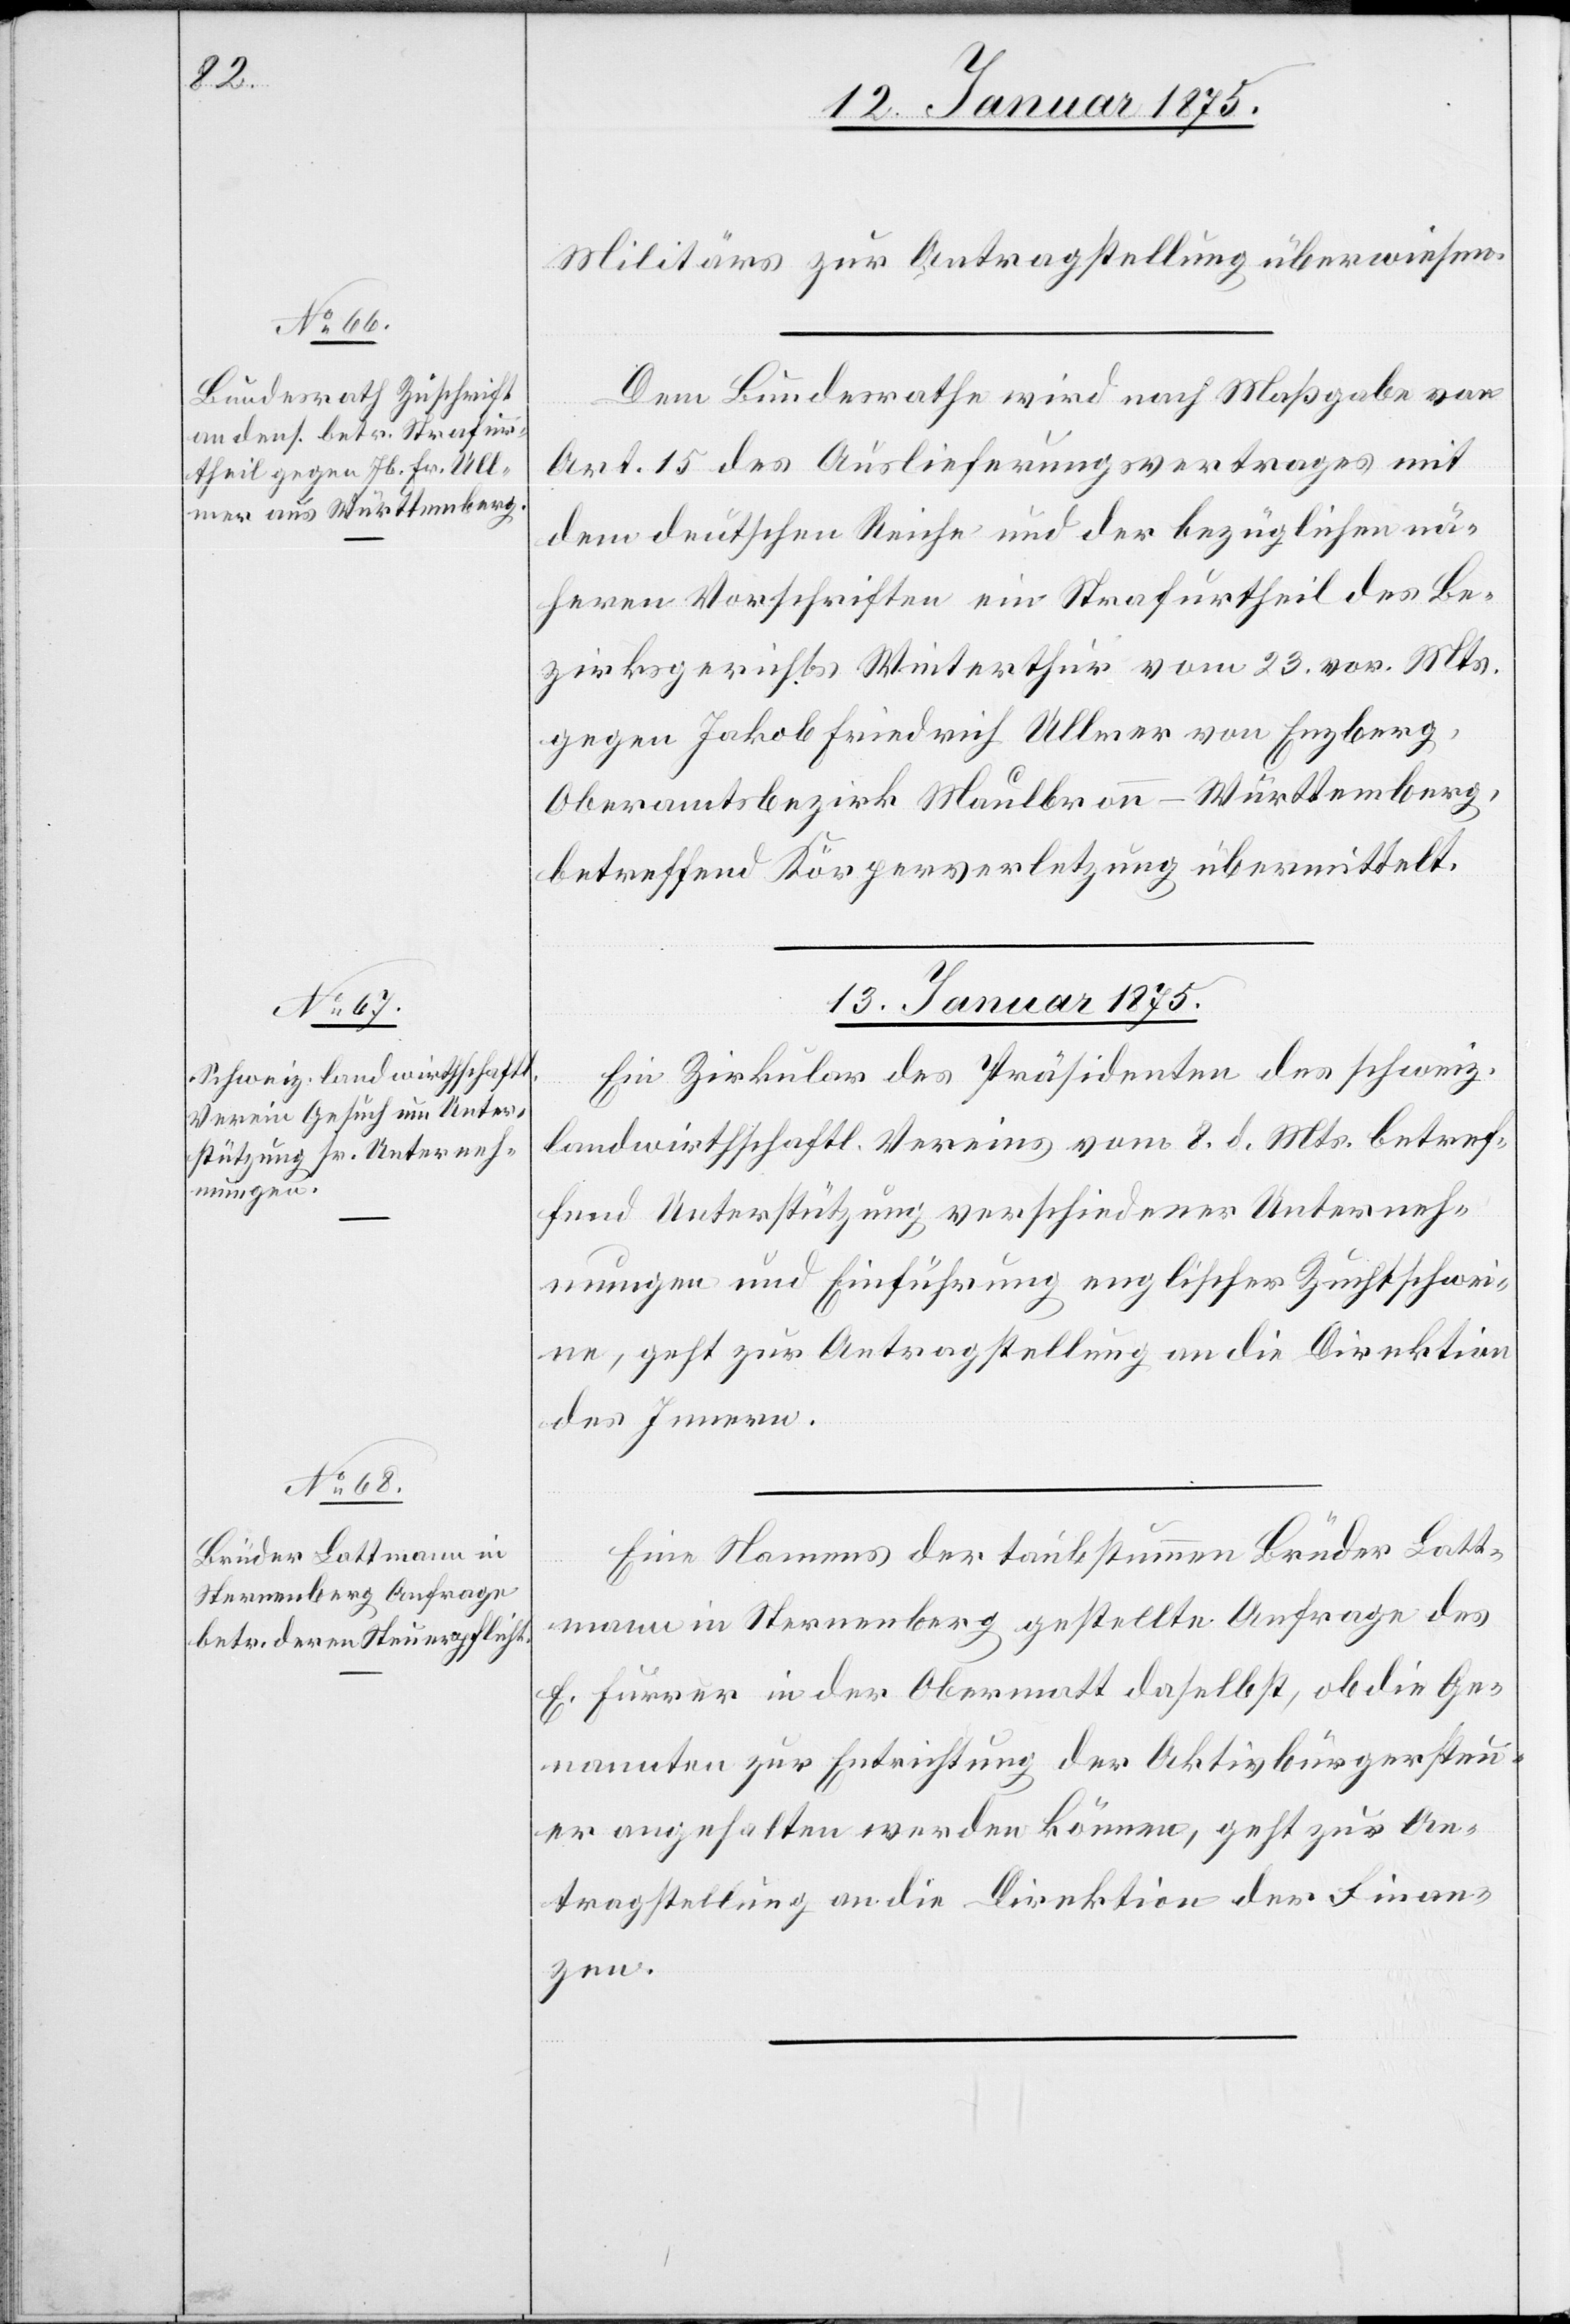
13. Januar 1875]
Militärs zur Antragstellung überwiesen.
Dem Bundesrathe wird nach Maßgabe von
Art. 15 des Auslieferungsvertrages mit
dem deutschen Reiche und der bezüglichen nä¬
heren Vorschriften ein Strafurtheil des Be¬
zirksgerichts Winterthur vom 23. vor. Mts.
gegen Jakob Friedrich Ullmer von Enzberg,
Oberamtsbezirk Maulbronn-Württemberg,
betreffend Körperverletzung übermittelt.
13. Januar 1875
Ein Zirkular des Präsidenten des schweiz.
landwirthschaftlichen Vereins vom 8. d. Mts. betref¬
fend Unterstützung verschiedener Unterneh¬
mungen und Einführung englischer Zuchtschwei¬
ne, geht zur Antragstellung an die Direktion
des Innern.
Eine Namens der taubstummen Brüder Latt¬
mann in Sternenberg gestellte Anfrage des
E. Furrer in der Obermatt daselbst, ob die Ge¬
nannten zur Entrichtung der Aktivbürgersteu¬
er angehalten werden können, geht zur An¬
tragstellung an die Direktion der Finan¬
zen.